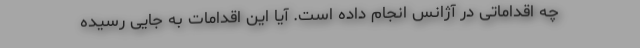
چه اقداماتی در آژانس انجام داده است. آیا این اقدامات به جایی رسیده